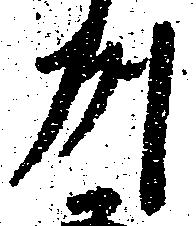
州